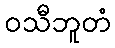
ဝသီဘူတံ